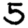
Digit: 5